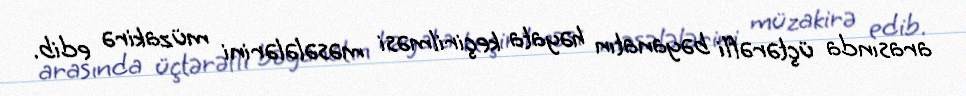
arasında üçtərəfli bəyanatın həyata keçirilməsi məsələlərini müzakirə edib.